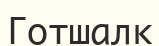
Готшалк